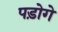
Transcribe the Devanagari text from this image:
पड़ोगे